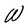
Character: W